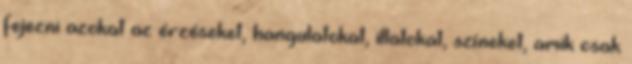
fejezni azokat az érzéseket, hangulatokat, illatokat, színeket, amik csak